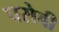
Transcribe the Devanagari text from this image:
पसेवी